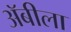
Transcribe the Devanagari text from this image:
अॅबीला